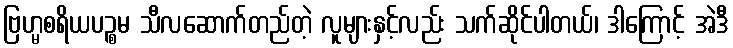
ဗြဟ္မစရိယပဉ္စမ သီလဆောက်တည်တဲ့ လူများနှင့်လည်း သက်ဆိုင်ပါတယ်၊ ဒါကြောင့် အဲဒီ